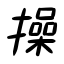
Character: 操